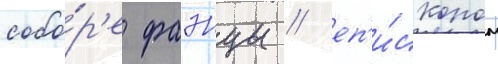
собо́р'е фаэнцы / еп'и́скопом